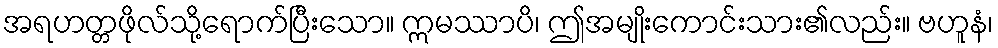
အရဟတ္တဖိုလ်သို့ရောက်ပြီးသော။ ဣမဿာပိ၊ ဤအမျိုးကောင်းသား၏လည်း။ ဗဟူနံ၊